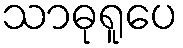
သာဓုရူပေ